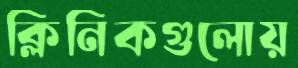
ক্লিনিকগুলোয়